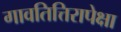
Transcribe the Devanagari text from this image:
गावतित्तिरापेक्षा